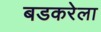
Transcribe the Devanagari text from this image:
बडकरेला